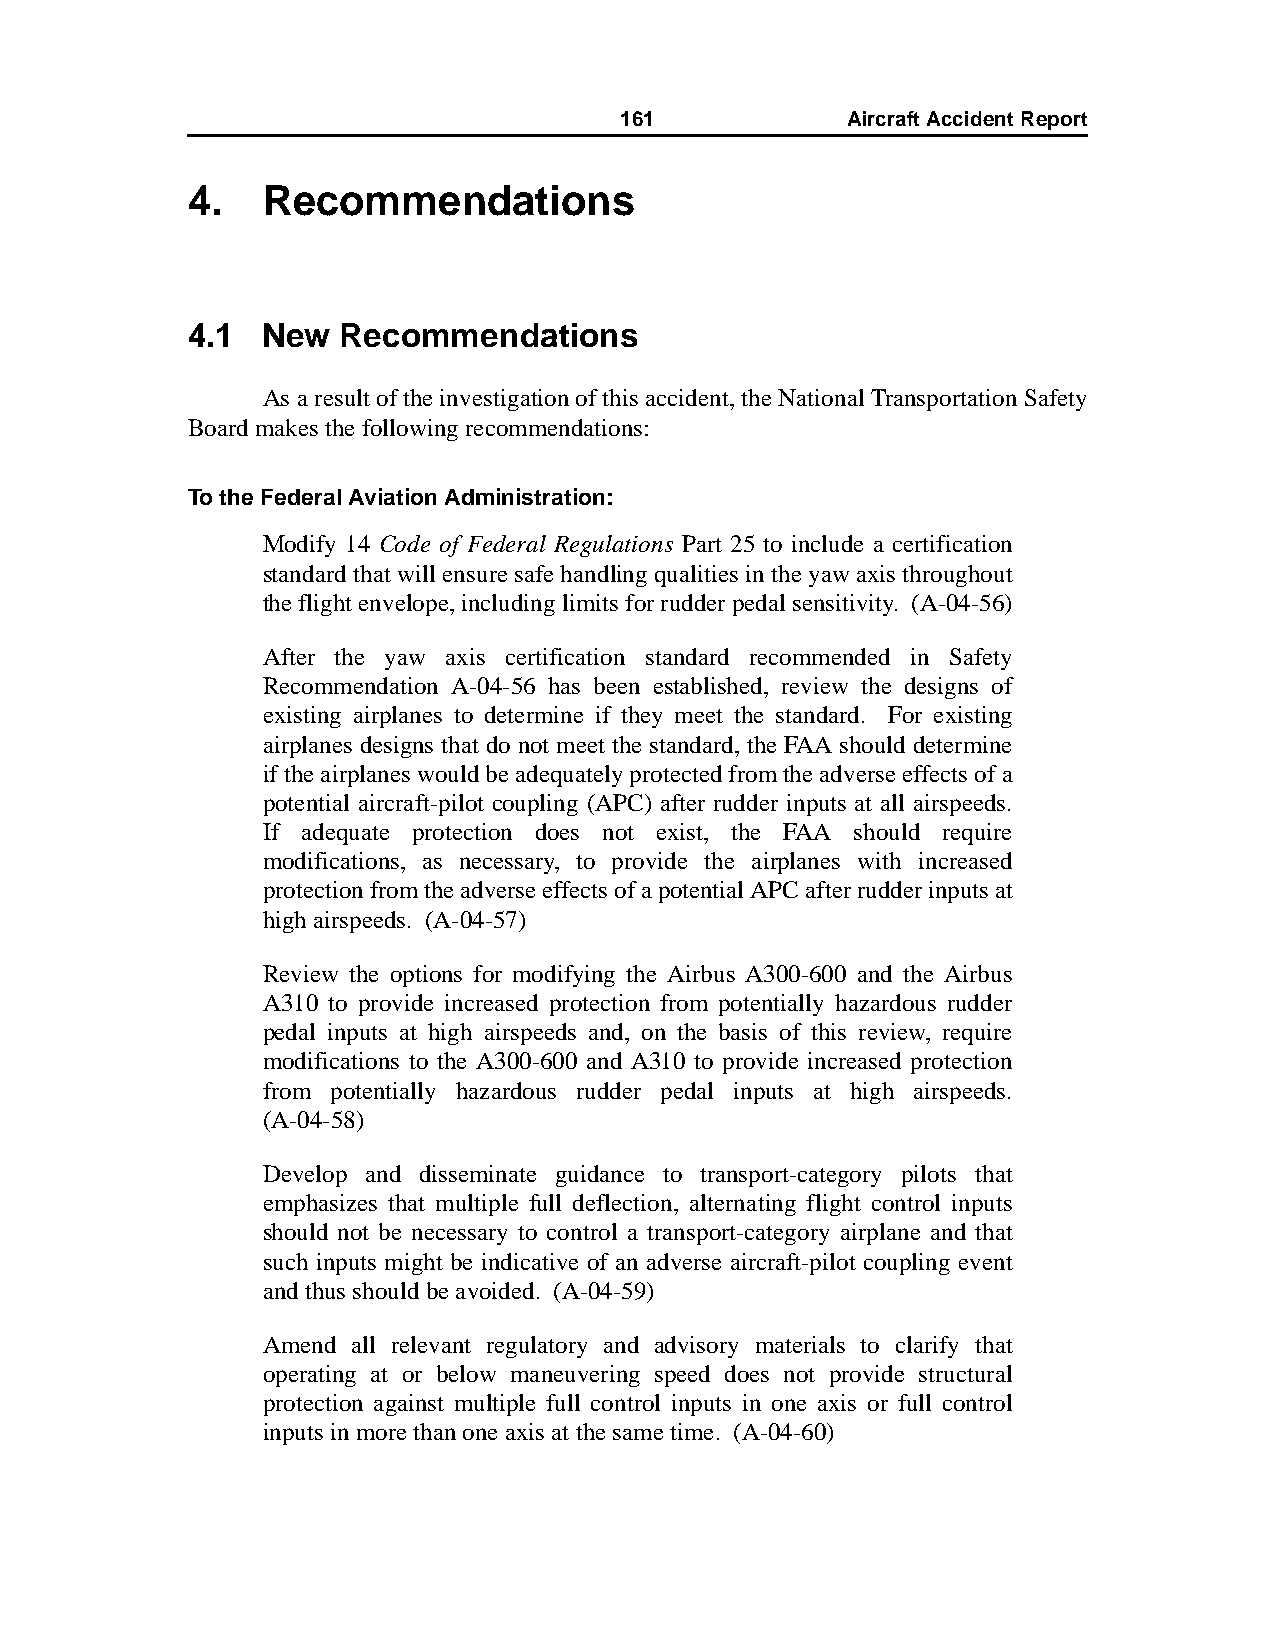
161            AircraftAccidentReport
 4.   Recommendations
 4.1  New   Recommendations
 As a result of the investigation of this accident, the National Transportation Safety
 Board makes the following recommendations:
 To the Federal Aviation Administration:
 Modify 14 Code of Federal Regulations Part 25 to include a certification
 standard that will ensure safe handling qualities in the yaw axis throughout
 the flight envelope, including limits for rudder pedal sensitivity. (A-04-56)
 After the yaw axis certification standard recommended in Safety
 Recommendation A-04-56 has been established, review the designs of
 existing airplanes to determine if they meet the standard. For existing
 airplanes designs that do not meet the standard, the FAA should determine
 if the airplanes would be adequately protected from the adverse effects of a
 potential aircraft-pilot coupling (APC) after rudder inputs at all airspeeds.
 If adequate protection does not exist, the FAA should require
 modifications, as necessary, to provide the airplanes with increased
 protection from the adverse effects of a potential APC after rudder inputs at
 high airspeeds. (A-04-57)
 Review the options for modifying the Airbus A300-600 and the Airbus
 A310 to provide increased protection from potentially hazardous rudder
 pedal inputs at high airspeeds and, on the basis of this review, require
 modifications to the A300-600 and A310 to provide increased protection
 from potentially hazardous rudder pedal inputs at high airspeeds.
 (A-04-58)
 Develop and disseminate guidance to transport-category pilots that
 emphasizes that multiple full deflection, alternating flight control inputs
 should not be necessary to control a transport-category airplane and that
 such inputs might be indicative of an adverse aircraft-pilot coupling event
 and thus should be avoided. (A-04-59)
 Amend all relevant regulatory and advisory materials to clarify that
 operating at or below maneuvering speed does not provide structural
 protection against multiple full control inputs in one axis or full control
 inputs in more than one axis at the same time. (A-04-60)